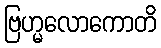
ဗြဟ္မလောကောတိ